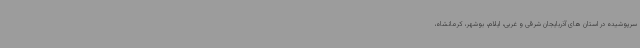
سرپوشیده در استان های آذربایجان شرقی و غربی، ایلام، بوشهر، کرمانشاه،